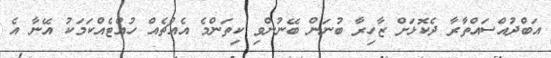
އަބްދުއްސައްތާރާ ދެކޮޅަށް ޒާހިރާ ބުނަން ބޭނުންވި ކިތަންމެ އެއްޗެއް ހުއްޓެއްކަމަކު އޭނާ އެ